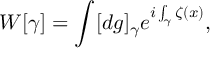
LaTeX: W [ \gamma ] = \int [ d g ] _ { \gamma } e ^ { i \int _ { \gamma } \zeta ( x ) } ,